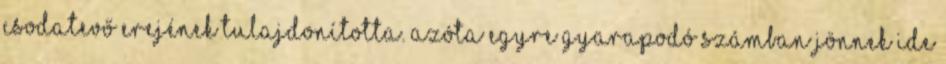
csodatevő erejének tulajdonította. Azóta egyre gyarapodó számban jönnek ide